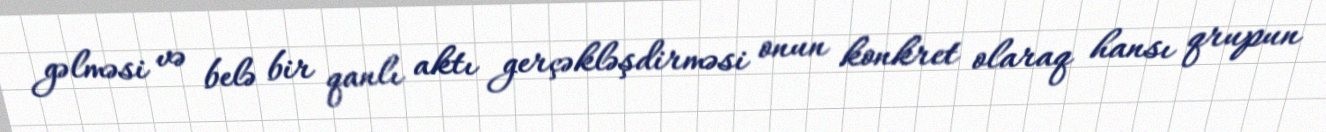
gəlməsi və belə bir qanlı aktı gerçəkləşdirməsi onun konkret olaraq hansı qrupun